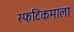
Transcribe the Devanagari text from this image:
स्फटिकमाला